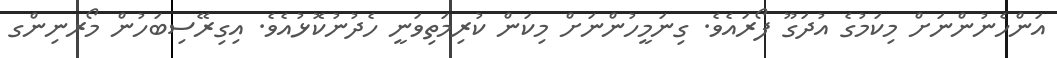
އަންހެނުންނަށް މިކަމުގެ އުދަގޫ ފޯރައެވެ. ގިނަމީހުންނަށް މިކަން ކުރިމަތިވަނީ ހެދުނުކޮޅުއެވެ. އިގިރޭސިބަހުން މޯރނިންގ